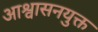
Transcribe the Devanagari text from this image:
आश्वासनयुक्त